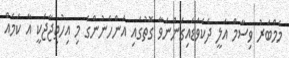
މެމްބަރު ވިސާމް އަލީ ދެކެވަޑައިގަންނަވާ ގޮތުގައި އަންހެނުންގެ މި އިހުތިޖާޖަކީ އާ ކަމެއް